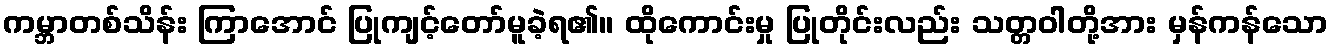
ကမ္ဘာတစ်သိန်း ကြာအောင် ပြုကျင့်တော်မူခဲ့ရ၏။ ထိုကောင်းမှု ပြုတိုင်းလည်း သတ္တဝါတို့အား မှန်ကန်သော